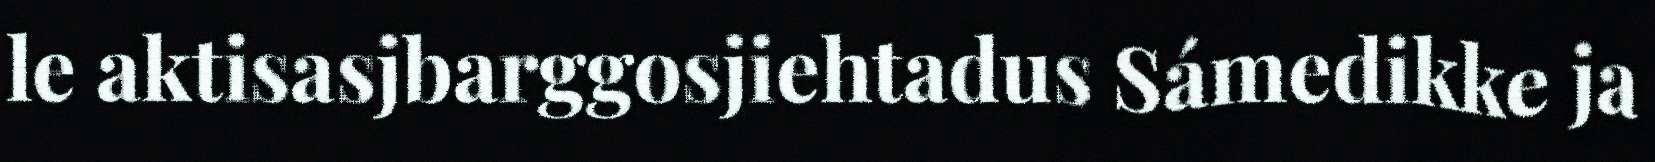
le aktisasjbarggosjiehtadus Sámedikke ja